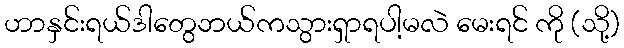
ဟာနှင်းရယ်ဒါတွေဘယ်ကသွားရှာရပါ့မလဲ မေးရင် ကို (သို့)